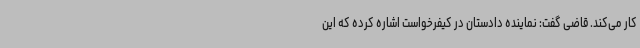
کار می‌کند. قاضی گفت: نماینده دادستان در کیفرخواست اشاره کرده که این